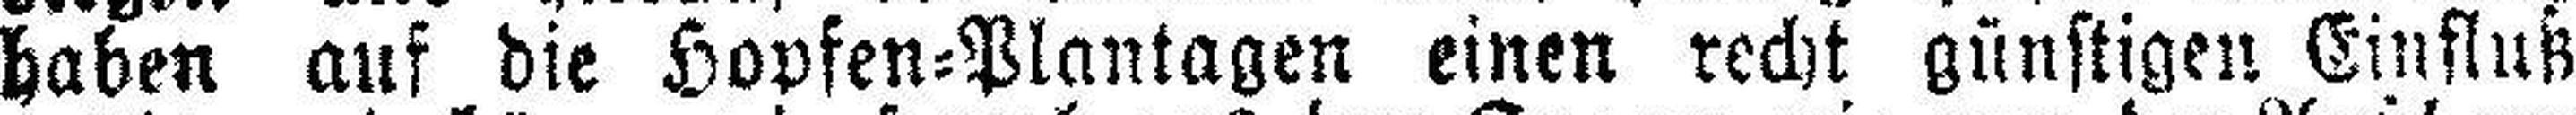
haben auf die Hopfen=Plantagen einen recht günstigen Einfluß